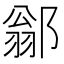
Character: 𨜺